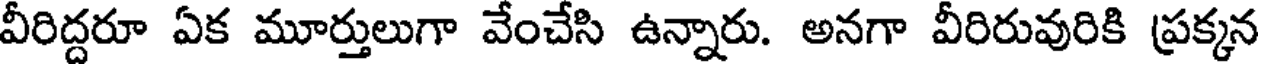
వీరిద్దరూ ఏక మూర్తులుగా వేంచేసి ఉన్నారు. అనగా వీరిరువురికి ప్రక్కన